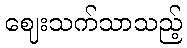
ဈေးသက်သာသည့်